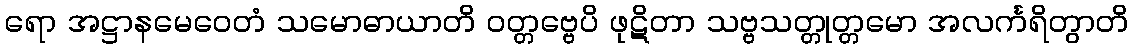
ရော အဋ္ဌာနမေဝေတံ သမောဓာယာတိ ဝတ္တဗ္ဗေပိ ဖုဋိတာ သဗ္ဗသတ္တုတ္တမော အလင်္ကရိတွာတိ